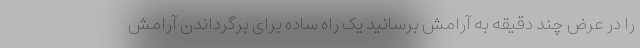
را در عرض چند دقیقه به آرامش برسانید یک راه ساده برای برگرداندن آرامش